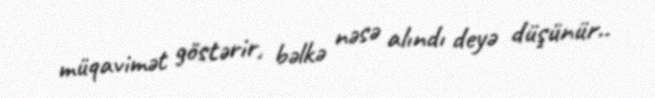
müqavimət göstərir, bəlkə nəsə alındı deyə düşünür..